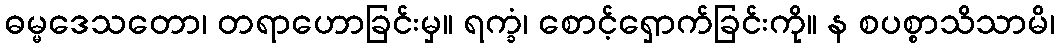
ဓမ္မဒေသတော၊ တရာဟောခြင်းမှ။ ရက္ခံ၊ စောင့်ရှောက်ခြင်းကို။ န စပစ္စာသိသာမိ၊